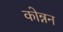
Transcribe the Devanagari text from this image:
कोन्नन